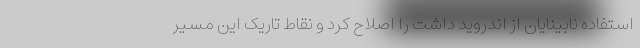
استفاده نابینایان از‌ اندروید داشت را اصلاح کرد و نقاط تاریک این مسیر